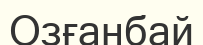
Озғанбай